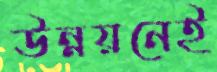
উন্নয়নেই